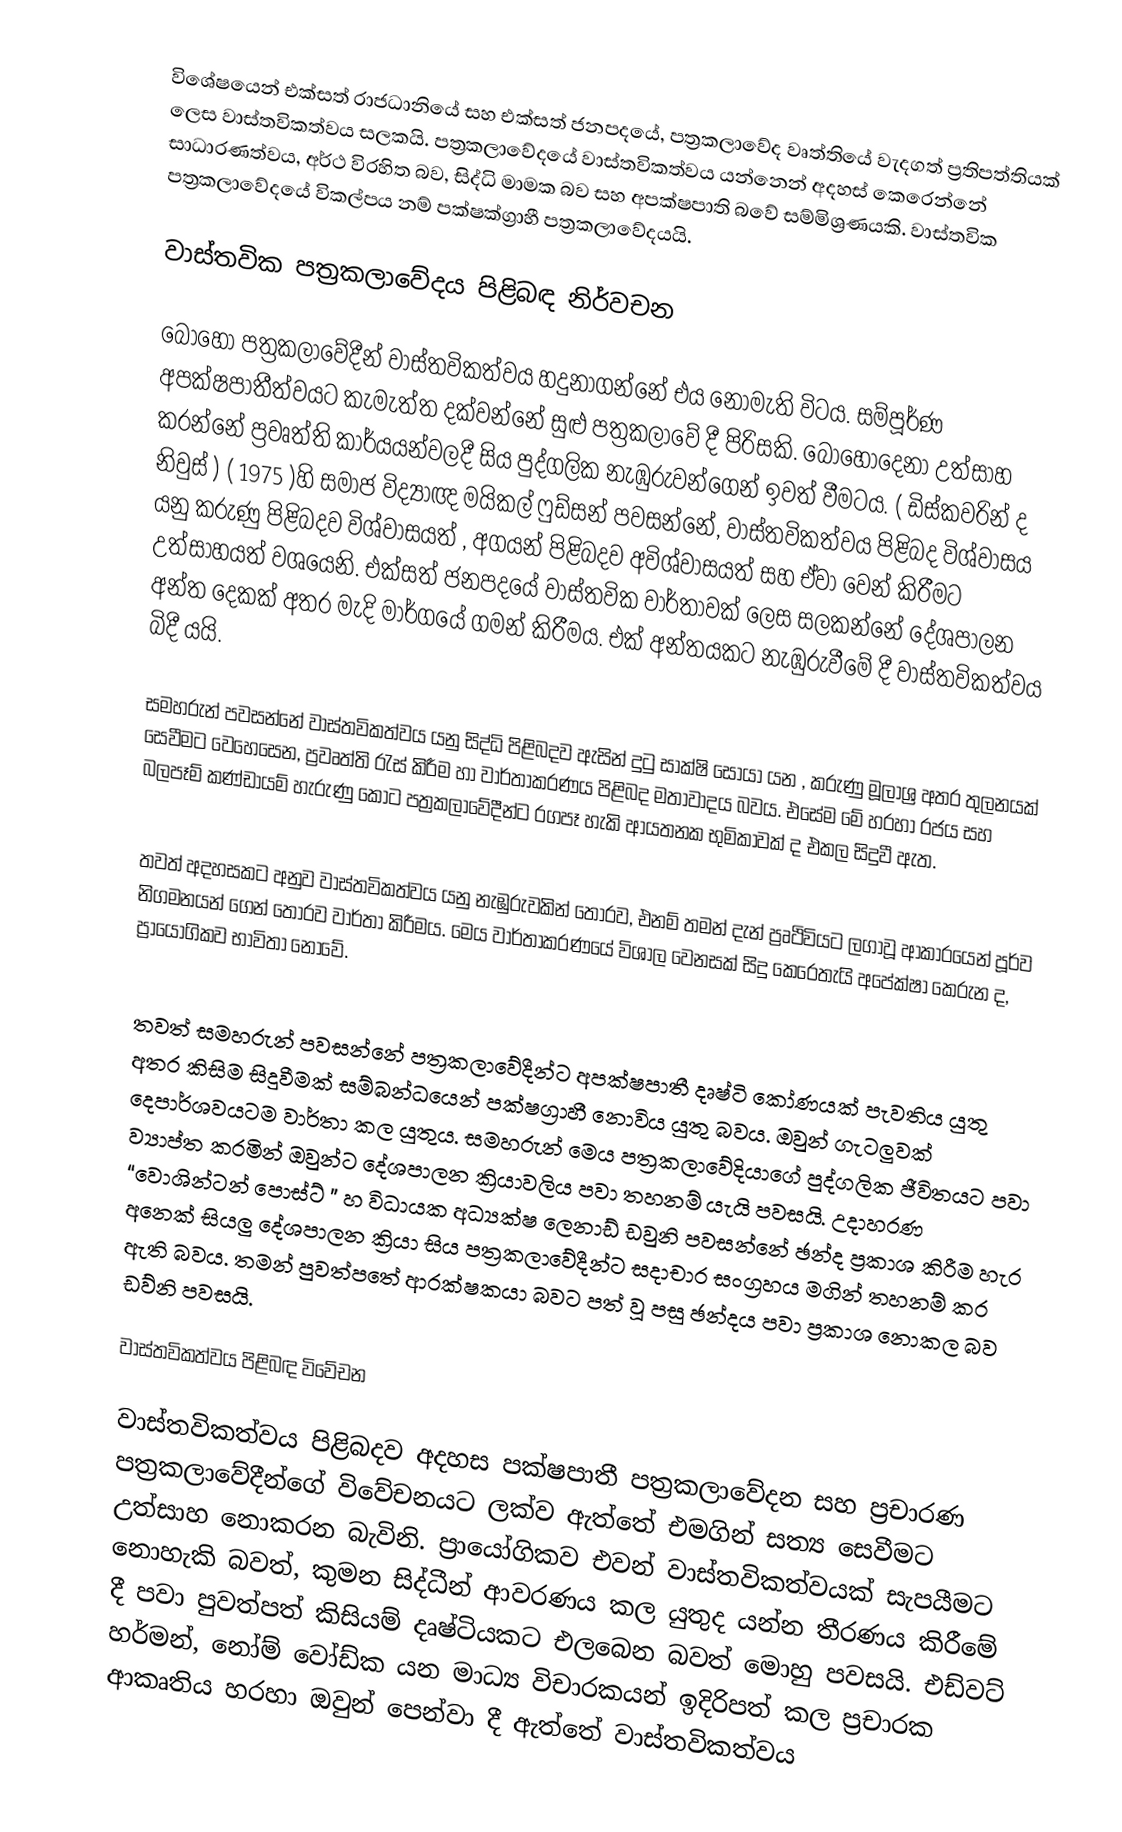
විශේෂයෙන් එක්සත් රාජධානියේ සහ එක්සත් ජනපදයේ, පත්‍රකලාවේද වෘත්තියේ වැදගත් ප්‍රතිපත්තියක් ලෙස වාස්තවිකත්වය සලකයි. පත්‍රකලාවේදයේ වාස්තවිකත්වය යන්නෙන් අදහස් කෙරෙන්නේ සාධාරණත්වය, අර්ථ විරහිත බව, සිද්ධි මාමක බව සහ අපක්ෂපාති බවේ සම්මිශ්‍රණයකි. වාස්තවික පත්‍රකලාවේදයේ විකල්පය නම් පක්ෂක්ග්‍රාහී පත්‍රකලාවේදයයි.

වාස්තවික පත්‍රකලාවේදය පිළිබඳ නිර්වචන

බොහෝ පත්‍රකලාවේදීන් වාස්තවිකත්වය හදුනාගන්නේ එය නොමැති විටය. සම්පූර්ණ අපක්ෂපාතීත්වයට කැමැත්ත දක්වන්නේ සුළු පත්‍රකලාවේ දී පිරිසකි. බොහෝදෙනා උත්සාහ කරන්නේ ප්‍රවෘත්ති කාර්යයන්වලදී සිය පුද්ගලික නැඹුරුවන්ගෙන් ඉවත් වීමටය. ( ඩිස්කවරින් ද නිවුස් ) ( 1975 )හි සමාජ විද්‍යාඥ මයිකල් ෆුඩ්සන් පවසන්නේ, වාස්තවිකත්වය පිළිබද විශ්වාසය යනු කරුණු පිළිබදව විශ්වාසයත් , අගයන් පිළිබදව අවිශ්වාසයත් සහ ඒවා වෙන් කිරීමට උත්සාහයත් වශයෙනි. එක්සත් ජනපදයේ වාස්තවික වාර්තාවක් ලෙස සලකන්නේ දේශපාලන අන්ත දෙකක් අතර මැදි මාර්ගයේ ගමන් කිරීමය. එක් අන්තයකට නැඹුරුවීමේ දී වාස්තවිකත්වය බිදී යයි.

සමහරුන් පවසන්නේ වාස්තවිකත්වය යනු සිද්ධි පිළිබදව ඇසින් දුටු සාක්ෂි සොයා යන , කරුණු මූලාශ්‍ර අතර තුලනයක් සෙවීමට වෙහෙසෙන, ප්‍රවෘත්ති රැස් කිරීම හා වාර්තාකරණය පිළිබද මතාවාදය බවය. එසේම මේ හරහා රජය සහ බලපෑම් කණ්ඩායම් හැරුණු කොට පත්‍රකලාවේදීන්ට රගපෑ හැකි ආයතනක භුමිකාවක් ද එකල සිදුවී ඇත.

තවත් අදහසකට අනුව වාස්තවිකත්වය යනු නැඹුරුවකින් තොරව, එනම් තමන් දැන් ප්‍රෘථිවියට ලගාවූ ආකාරයෙන් පූර්ව නිගමනයන් ගෙන් තොරව වාර්තා කිරීමය.  මෙය වාර්තාකරණයේ විශාල වෙනසක් සිදු කෙරෙතැයි අපේක්ෂා කෙරුන ද, ප්‍රායෝගිකව  භාවිතා නොවේ.

තවත් සමහරුන් පවසන්නේ පත්‍රකලාවේදීන්ට අපක්ෂපාතී දෘෂ්ටි කෝණයක් පැවතිය යුතු අතර කිසිම සිදුවීමක් සම්බන්ධයෙන් පක්ෂග්‍රාහී නොවිය යුතු බවය. ඔවුන් ගැටලුවක් දෙපාර්ශවයටම වාර්තා කල යුතුය. සමහරුන් මෙය පත්‍රකලාවේදියාගේ පුද්ගලික ජීවිතයට පවා ව්‍යාප්ත කරමින් ඔවුන්ට දේශපාලන ක්‍රියාවලිය පවා තහනම් යැයි පවසයි. උදාහරණ “වොශින්ටන් පොස්ට් ” හ විධායක අධ්‍යක්ෂ ලෙනාඩ් ඩවුනි පවසන්නේ ඡන්ද ප්‍රකාශ කිරීම හැර අනෙක් සියලු දේශපාලන ක්‍රියා සිය පත්‍රකලාවේදීන්ට සදාචාර සංග්‍රහය මගින් තහනම් කර ඇති බවය. තමන් පුවත්පතේ ආරක්ෂකයා බවට පත් වූ පසු ඡන්දය පවා ප්‍රකාශ නොකල බව ඩව්නි පවසයි.

වාස්තවිකත්වය පිළිබඳ විවේචන

වාස්තවිකත්වය පිළිබදව අදහස පක්ෂපාතී පත්‍රකලාවේදන සහ ප්‍රචාරණ පත්‍රකලාවේදීන්ගේ විවේචනයට ලක්ව ඇත්තේ එමගින් සත්‍ය සෙවීමට උත්සාහ නොකරන බැවිනි. ප්‍රායෝගිකව එවන් වාස්තවිකත්වයක් සැපයීමට නොහැකි බවත්, කුමන සිද්ධීන් ආවරණය කල යුතුද යන්න තීරණය කිරීමේ දී පවා පුවත්පත් කිසියම් දෘෂ්ටියකට එලබෙන බවත් මොහු පවසයි. එඩ්වට් හර්මන්, නෝම් වෝඩ්ක යන මාධ්‍ය විචාරකයන් ඉදිරිපත් කල ප්‍රචාරක ආකෘතිය හරහා ඔවුන් පෙන්වා දී ඇත්තේ වාස්තවිකත්වය